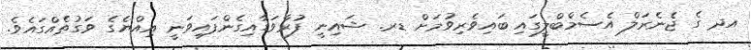
އދ ގެ ޖެނެރަލް އެސެމްބްލީގައި ބައިވެރިވުމަށް ޑރ. ޝައިނީ ފުރާވަޑާއިގެންފައިވަނީ އިއްޔެގެ ވަގުތެއްގައެވެ.